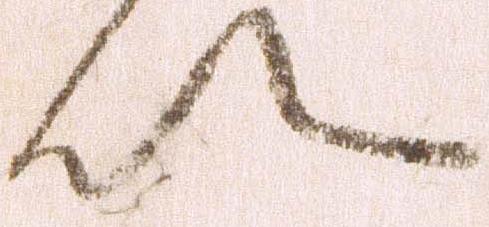
以